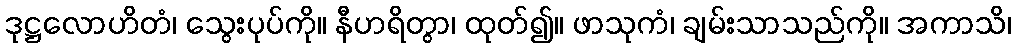
ဒုဋ္ဌလောဟိတံ၊ သွေးပုပ်ကို။ နီဟရိတွာ၊ ထုတ်၍။ ဖာသုကံ၊ ချမ်းသာသည်ကို။ အကာသိ၊